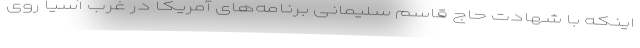
اینکه با شهادت حاج قاسم سلیمانی برنامه‌های آمریکا در غرب آسیا روی